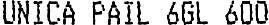
UNICA PAIL 6GL 600